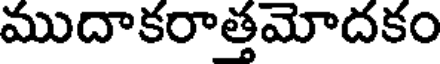
ముదాకరాత్తమోదకం